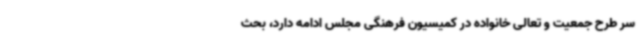
سر طرح جمعیت و تعالی خانواده در کمیسیون فرهنگی مجلس ادامه دارد، بحث